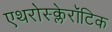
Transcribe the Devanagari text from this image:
एथरोस्क्लेरॉटिक